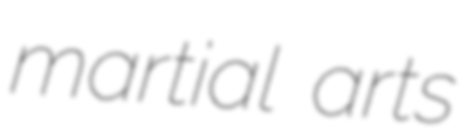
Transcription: martial arts